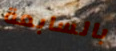
بالسابعة